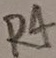
Text: R4